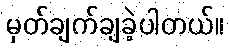
မှတ်ချက်ချခဲ့ပါတယ်။